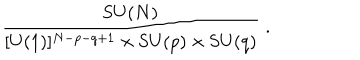
LaTeX: { \frac { \mathrm { S U } ( N ) } { [ \mathrm { U } ( 1 ) ] ^ { N - p - q + 1 } \times \mathrm { S U } ( p ) \times \mathrm { S U } ( q ) } } \; .